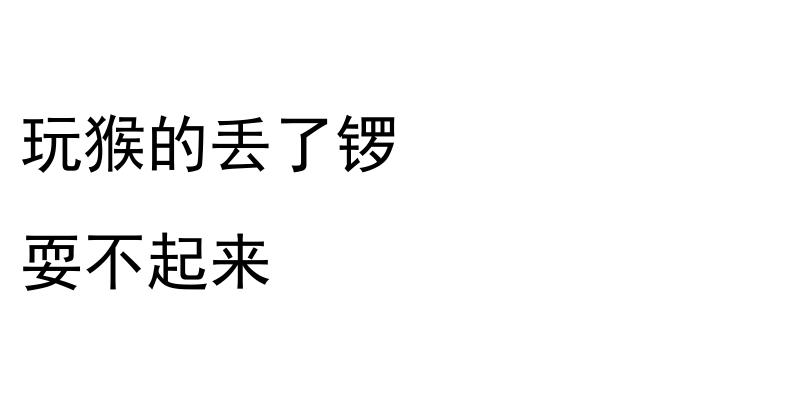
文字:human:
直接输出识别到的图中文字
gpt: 玩猴的丢了锣 耍不起来